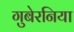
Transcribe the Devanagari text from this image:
गुबेरनिया